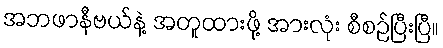
အဘဖာနီဗယ်နဲ့ အတူထားဖို့ အားလုံး စီစဉ်ပြီးပြီ။